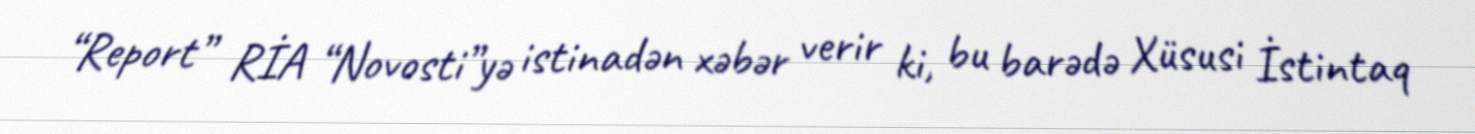
“Report” RİA “Novosti”yə istinadən xəbər verir ki, bu barədə Xüsusi İstintaq